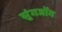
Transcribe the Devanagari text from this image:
सुंगजोंग